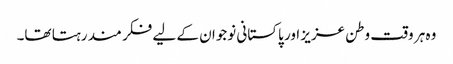
وہ ہر وقت وطن عزیز اور پاکستانی نوجوان کے لیے فکر مند رہتا تھا۔